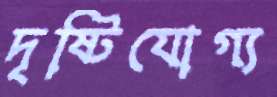
দৃষ্টিযোগ্য